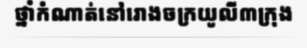
ថ្នាំកំណាត់នៅរោងចក្រយូលី៣ក្រុង